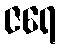
ဇရေ